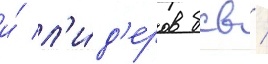
и́ л'и́д'еров бсв /